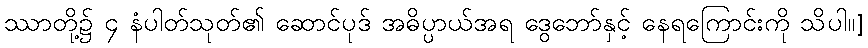
ဿာတို့၌ ၄ နံပါတ်သုတ်၏ ဆောင်ပုဒ် အဓိပ္ပာယ်အရ ဒွေဘော်နှင့် နေရကြောင်းကို သိပါ။]